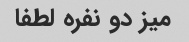
میز دو نفره لطفا